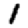
Digit: 1